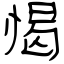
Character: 愒